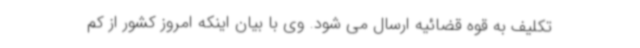
تکلیف به قوه قضائیه ارسال می شود. وی با بیان اینکه امروز کشور از کم